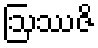
ဩဿဇိ